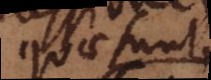
quae sunt